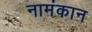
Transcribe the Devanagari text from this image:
नामंकान